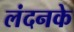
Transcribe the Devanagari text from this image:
लंदनके